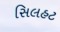
સિલહટ